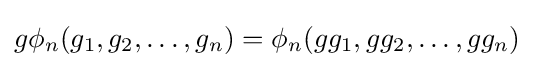
g\phi _{n}(g_{1},g_{2},\ldots ,g_{n})=\phi _{n}(gg_{1},gg_{2},\ldots ,gg_{n})